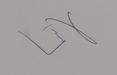
Signature authenticity: genuine